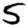
Digit: 5